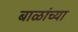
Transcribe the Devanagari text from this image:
बाळांच्या